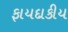
ફાયદાકીય